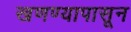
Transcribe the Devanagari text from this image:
खणण्यापासून